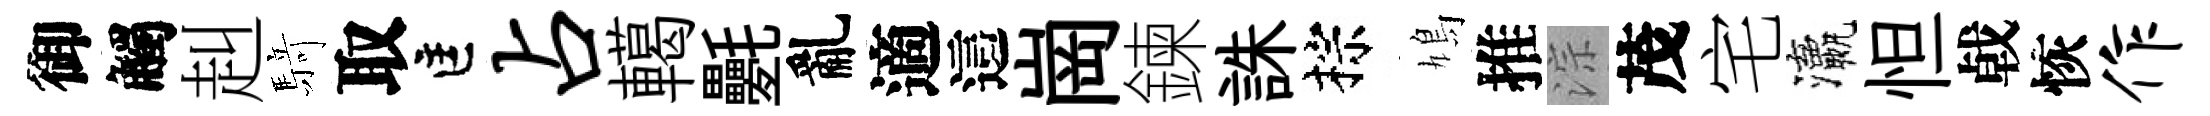
御觸赳𮪍取匡占轕氎亂適這崗鍊誅棕鳩推淙茂宅瀛怛㦸恢作